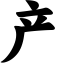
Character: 产